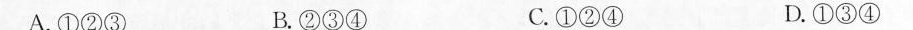
A.①②③ B.②③④ C.①②④ D.①③④